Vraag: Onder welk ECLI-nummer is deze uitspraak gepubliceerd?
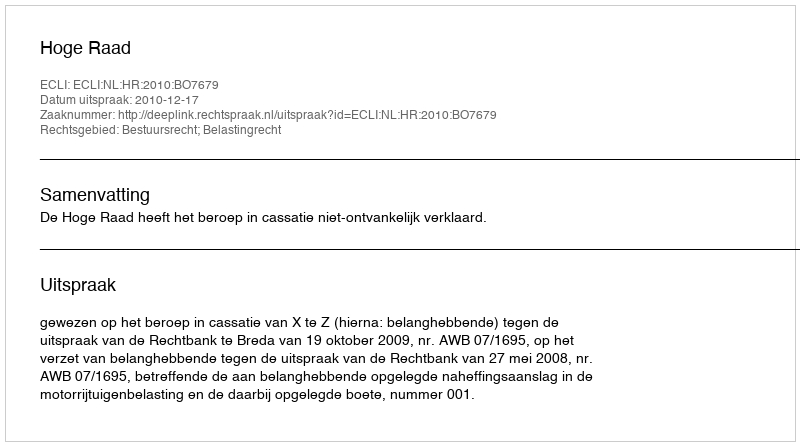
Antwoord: ECLI:NL:HR:2010:BO7679